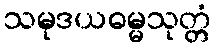
သမုဒယဓမ္မသုတ္တံ